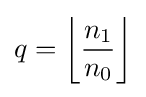
q=\left\lfloor {\frac {n_{1}}{n_{0}}}\right\rfloor